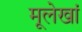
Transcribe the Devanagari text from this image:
मूलेखां